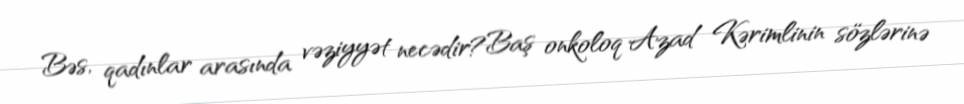
Bəs, qadınlar arasında vəziyyət necədir?Baş onkoloq Azad Kərimlinin sözlərinə